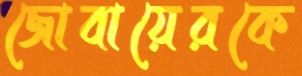
জোবায়েরকে